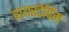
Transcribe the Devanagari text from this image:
वायरटेपिंग